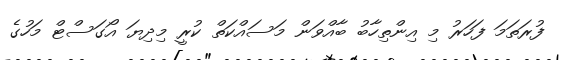
ފުރަތަމަ ފަހަރު މި އިންތިހާބު ބާއްވަން މަސައްކަތް ކުރީ މިދިޔަ އޯގަސްޓް މަހުގެ